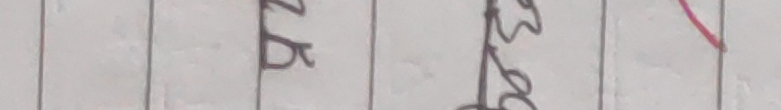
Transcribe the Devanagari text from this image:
नर